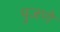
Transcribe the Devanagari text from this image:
पुजणे